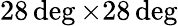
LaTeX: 28\deg\times 28\deg